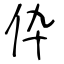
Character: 伜